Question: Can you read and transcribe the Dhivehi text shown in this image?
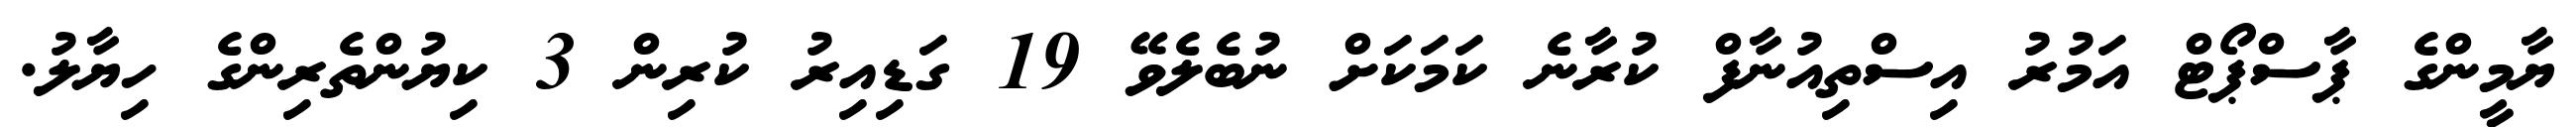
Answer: ޔާމީންގެ ޕާސްޕޯޓް އަމުރު އިސްތިއުނާފް ކުރާނެ ކަމަކަށް ނުބެލެވޭ 19 ގަޑިއިރު ކުރިން 3 ކިޔުންތެރިންގެ ހިޔާލު.